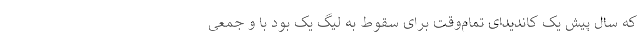
که سال پیش یک کاندیدای تمام‌وقت برای سقوط به لیگ یک بود با و جمعی